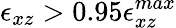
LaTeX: \epsilon_{xz}>0.95\epsilon_{xz}^{max}